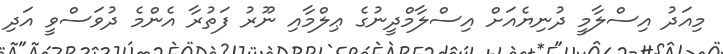
މިއަދު އިސްލާމީ ދުނިޔެއަށް އިސްލާމްދީނުގެ ޢިލްމާއި ނޫރު ފަތުރާ އެންމެ ދުވަސްވީ އަދި